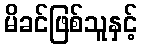
မိခင်ဖြစ်သူနှင့်